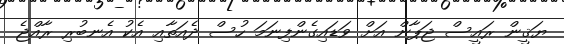
ޔަޤީން ރައީސް ޖަޕާން އަށް ވަޑައިގެންފިނަމަ ހުސް ދެއަތާއި އެކު އެނބުރި ރާއްޖެ